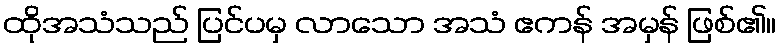
ထိုအသံသည် ပြင်ပမှ လာသော အသံ ဧကန် အမှန် ဖြစ်၏။